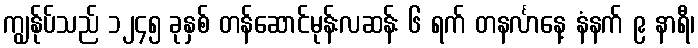
ကျွန်ုပ်သည် ၁၂၄၅ ခုနှစ် တန်ဆောင်မုန်းလဆန်း ၆ ရက် တနင်္လာနေ့ နံနက် ၉ နာရီ၊